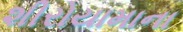
શીરોયામાના